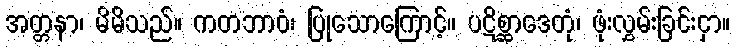
အတ္တနာ၊ မိမိသည်။ ကတဘာဝံ၊ ပြုသောကြောင့်။ ပဋိစ္ဆာဒေတုံ၊ ဖုံးလွှမ်းခြင်းငှာ။